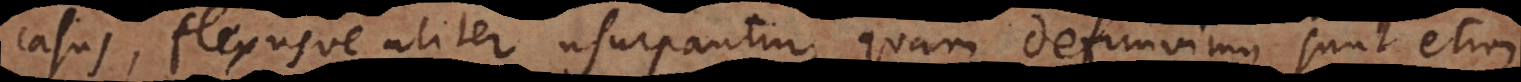
casus, flexusve aliter usurpantur, quam definivimus, sunt etiam